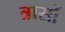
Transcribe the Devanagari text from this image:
त्रासों